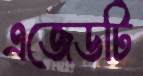
এজেডটি